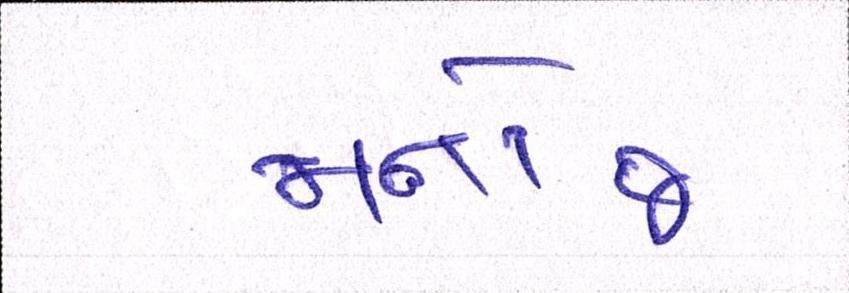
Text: મનોજ